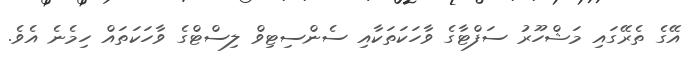
އޭގެ ތެރޭގައި މަޝްހޫރު ސަފްޓާގެ ވާހަކަތަކާއި ސެންސިޓިވް ލިސްޓްގެ ވާހަކަތައް ހިމެނެ އެވެ.